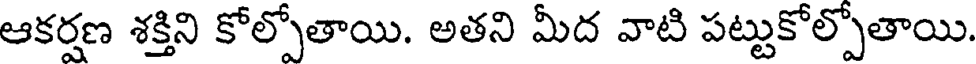
ఆకర్షణ శక్తిని కోల్పోతాయి. అతని మీద వాటి పట్టుకోల్పోతాయి.